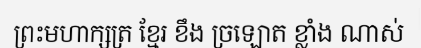
ព្រះមហាក្សត្រ ខ្មែរ ខឹង ច្រឡោត ខ្លាំង ណាស់